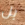
بل